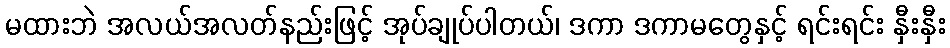
မထားဘဲ အလယ်အလတ်နည်းဖြင့် အုပ်ချုပ်ပါတယ်၊ ဒကာ ဒကာမတွေနှင့် ရင်းရင်း နှီးနှီး